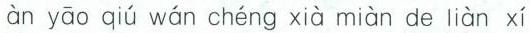
àn yāo qíu wán chéng xìa miàn de liàn xí